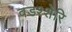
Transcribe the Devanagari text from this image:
वडश्शेरि